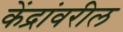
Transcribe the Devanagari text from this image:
केंद्रांवरील